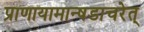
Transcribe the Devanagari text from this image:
प्राणायामान्षडाचरेत्